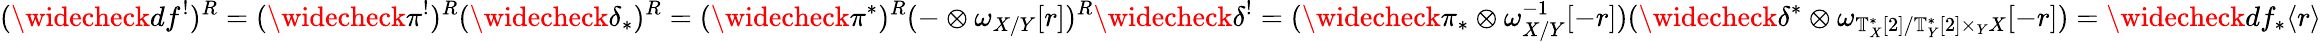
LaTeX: (\widecheck{d}f^{!})^{R}=(\widecheck{\pi}^{!})^{R}(\widecheck{\delta}_{*})^{R}=(\widecheck{\pi}^{*})^{R}(-\otimes\omega_{X/Y}[r])^{R}\widecheck{\delta}^{!}=(\widecheck{\pi}_{*}\otimes\omega_{X/Y}^{-1}[-r])(\widecheck{\delta}^{*}\otimes\omega_{\mathbb{T}_{X}^{*}[2]/\mathbb{T}_{Y}^{*}[2]\times_{Y}X}[-r])=\widecheck{d}f_{*}\langle r\rangle